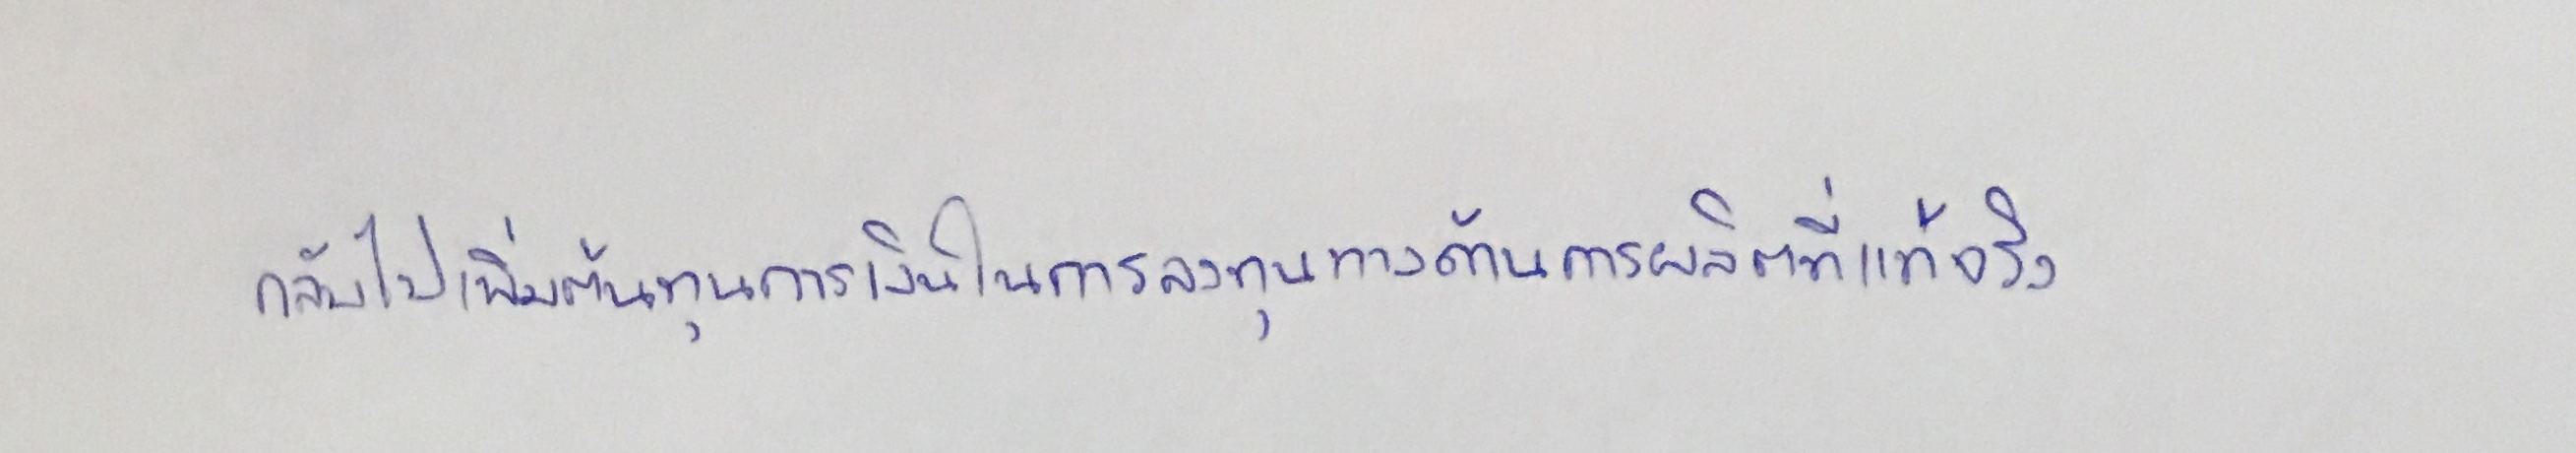
กลับไปเพิ่มต้นทุนการเงินในการลงทุนทางด้านการผลิตที่แท้จริง